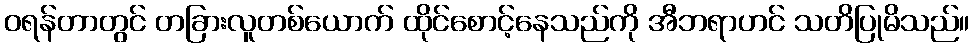
ဝရန်တာတွင် တခြားလူတစ်ယောက် ထိုင်စောင့်နေသည်ကို အီဘရာဟင် သတိပြုမိသည်။